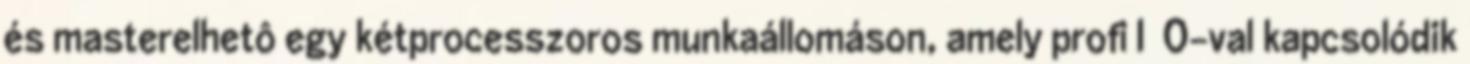
és masterelhetô egy kétprocesszoros munkaállomáson, amely profi I O-val kapcsolódik